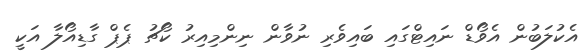
އެކުލަބުން އެވޯޑް ނައިޓްގައި ބައިވެރި ނުވާން ނިންމިއިރު ކޯޗު ޕެޕް ގާޑިއޯލާ އަކީ